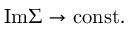
\mathrm { I m } \Sigma \rightarrow \mathrm { c o n s t . }